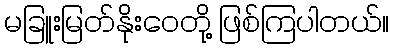
မခြူးမြတ်နိုးဝေတို့ ဖြစ်ကြပါတယ်။